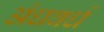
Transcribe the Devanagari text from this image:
अंधवर्ध